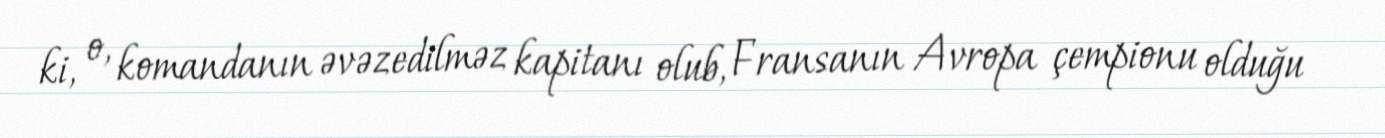
ki, o, komandanın əvəzedilməz kapitanı olub, Fransanın Avropa çempionu olduğu